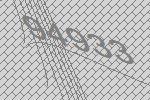
94933